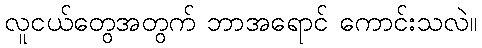
လူငယ်တွေအတွက် ဘာအရောင် ကောင်းသလဲ။